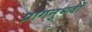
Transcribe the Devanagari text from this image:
प्रागनुभवों